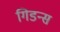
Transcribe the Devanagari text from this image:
गिडन्स